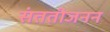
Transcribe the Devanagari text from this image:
संततीजनन